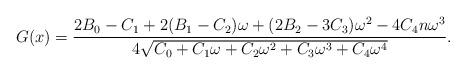
LaTeX: \begin{align*}G(x)={{2{B_0} - {C_1} + 2({B_1} - {C_2}){\omega} + (2{B_2} - 3{C_3}){{\omega}^2} - 4{C_4}n{{\omega}^3}}\over {4{\sqrt{{C_0} + {C_1}{\omega} + {C_2}{{\omega}^2} + {C_3}{{\omega}^3} + {C_4}{{\omega}^4}}}}}.\end{align*}